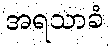
အရသာခံ